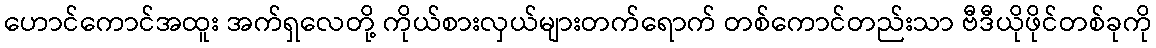
ဟောင်ကောင်အထူး အက်ရှလေတို့ ကိုယ်စားလှယ်များတက်ရောက် တစ်ကောင်တည်းသာ ဗီဒီယိုဖိုင်တစ်ခုကို